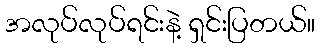
အလုပ်လုပ်ရင်းနဲ့ ရှင်းပြတယ်။